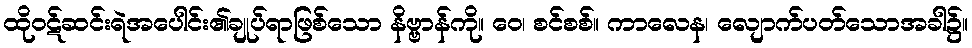
ထိုဝဋ်ဆင်းရဲအပေါင်း၏ချုပ်ရာဖြစ်သော နိဗ္ဗာန်ကို။ ဝေ၊ စင်စစ်။ ကာလေန၊ လျောက်ပတ်သောအခါ၌။